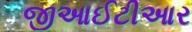
જીઆઈટીઆર